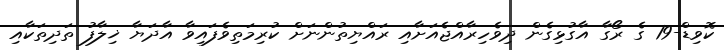
ކޮވިޑް-19 ގެ ރޯގާ އާގުޅިގެން ދިވެހިރާއްޖެއަށާއި ރައްޔިތުންނަށް ކުރިމަތިވެފައިވާ އާދަޔާ ޚިލާފު ތަދިތަކާއި